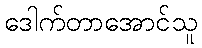
ဒေါက်တာအောင်သူ